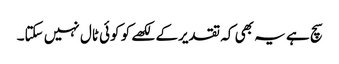
سچ ہے یہ بھی کہ تقدیرکے لکھے کو کوئی ٹال نہیں سکتا۔